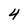
Character: 4